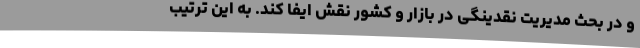
و در بحث مدیریت نقدینگی در بازار و کشور نقش ایفا کند. به این ترتیب